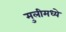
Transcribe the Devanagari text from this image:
मुलीमध्ये